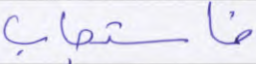
فاستجاب